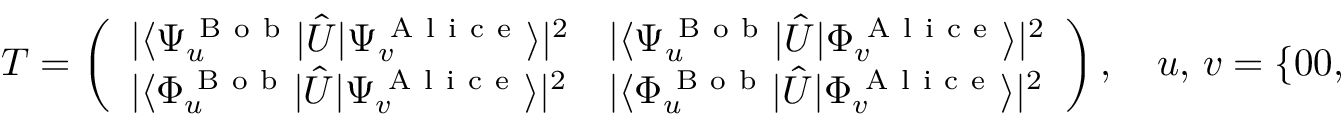
T = \left( \begin{array} { l l } { | \langle { \Psi _ { u } ^ { \mathrm { ~ B ~ o ~ b ~ } } } | \hat { U } | { \Psi _ { v } ^ { \mathrm { ~ A ~ l ~ i ~ c ~ e ~ } } } \rangle | ^ { 2 } } & { | \langle { \Psi _ { u } ^ { \mathrm { ~ B ~ o ~ b ~ } } } | \hat { U } | { \Phi _ { v } ^ { \mathrm { ~ A ~ l ~ i ~ c ~ e ~ } } } \rangle | ^ { 2 } } \\ { | \langle { \Phi _ { u } ^ { \mathrm { ~ B ~ o ~ b ~ } } } | \hat { U } | { \Psi _ { v } ^ { \mathrm { ~ A ~ l ~ i ~ c ~ e ~ } } } \rangle | ^ { 2 } } & { | \langle { \Phi _ { u } ^ { \mathrm { ~ B ~ o ~ b ~ } } } | \hat { U } | { \Phi _ { v } ^ { \mathrm { ~ A ~ l ~ i ~ c ~ e ~ } } } \rangle | ^ { 2 } } \end{array} \right) , \quad u , \, v = \{ 0 0 , \, 0 1 , \, 1 0 , \, 1 1 \} .